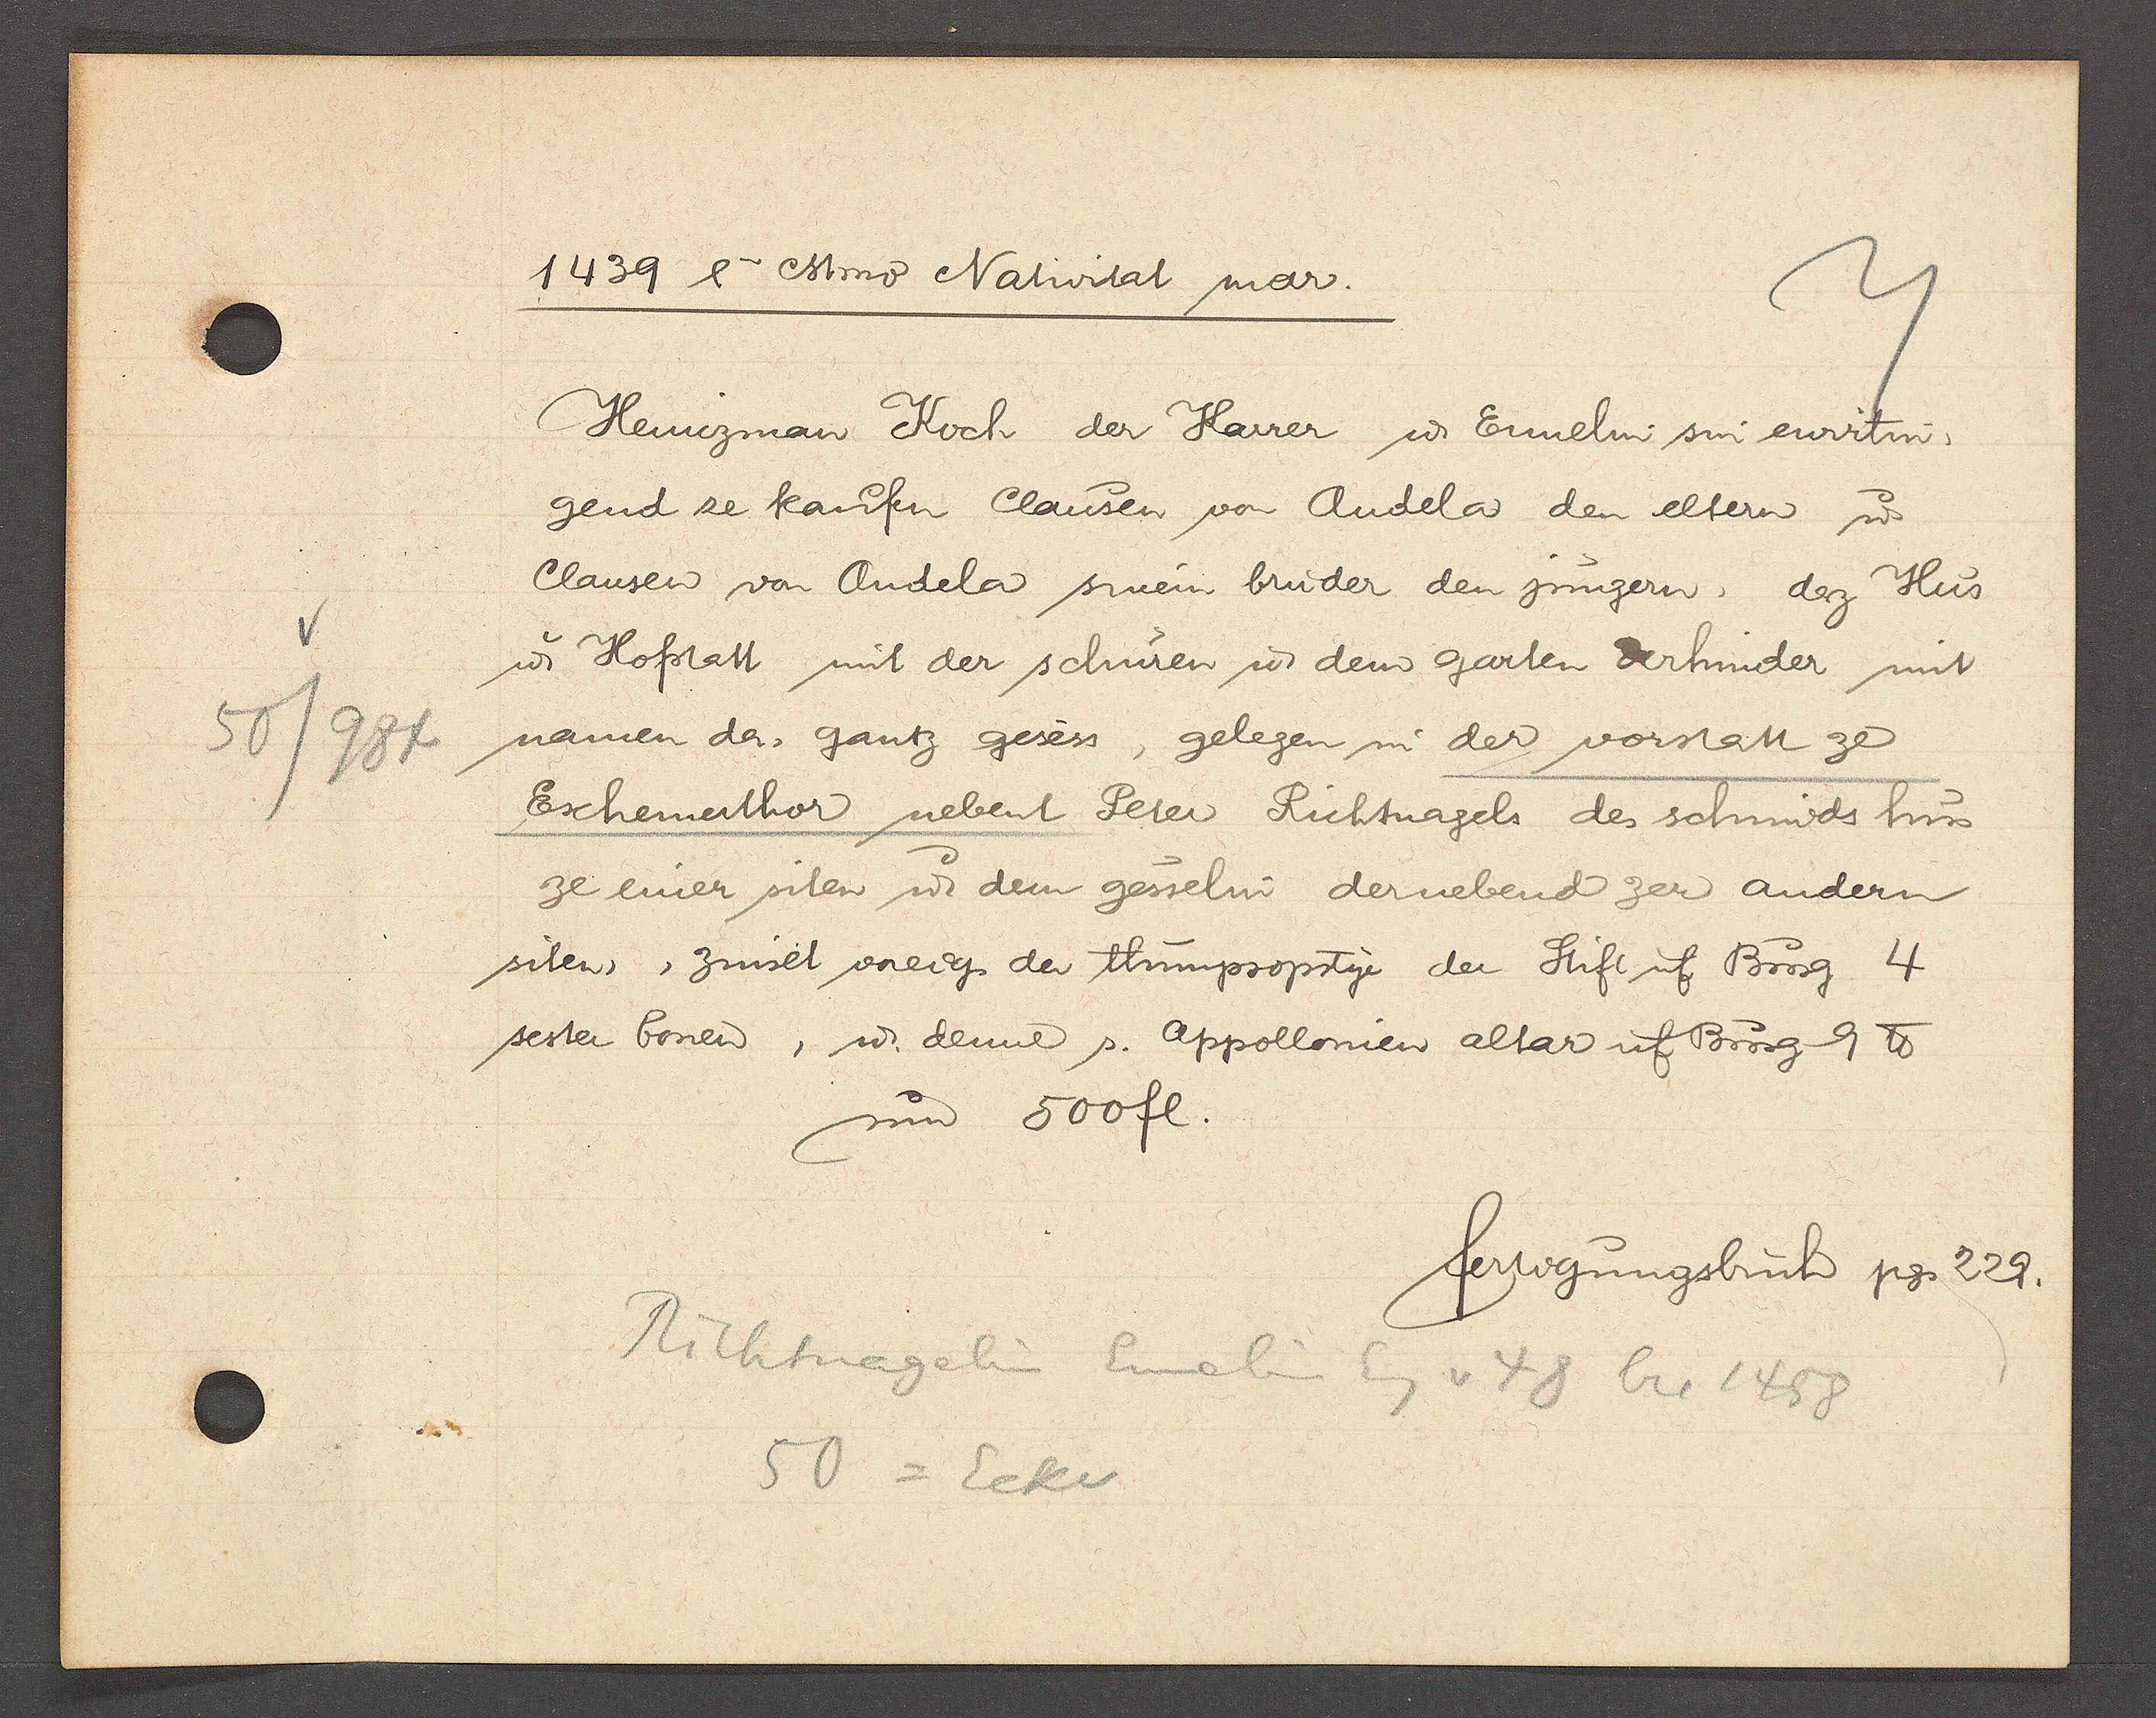
Transcript:
50/984

1439 4a cstmo Nativitat mar.

Hemizman Koch der Karrer u Ennelin sin ewirtin.
gend ze kaufen Clausen von Andela den eltern u.
Clausen von Andela sinem bruder den jungern daz Hus
u. Hofstatt mit der schuren u dem garten derhinder mit
namen da, gantz gesess, gelegen in der vorstatt ze
Eschemerthor nebent Peter Richtnagels des schmids hus
ze einer siten ư dem gesselin der nebend zer andern
siten, zinset vreig der thumpropstye der Stift uf Burg 4
sester bonen, u. denne s. Appollonien altar uf Burg 9 ℔
um 500 fl.

fertigungsbuch pg. 229.

Richtnagelin Ennelin
Eg v 48 bis 1458
50 = Ecke